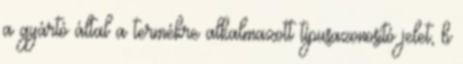
a gyártó által a termékre alkalmazott típusazonosító jelet, b